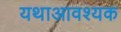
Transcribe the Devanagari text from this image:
यथाआवश्यक